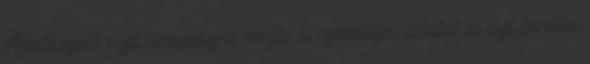
Adatkezelő nyilvánosságra hozta a személyes adatot és azt törölni